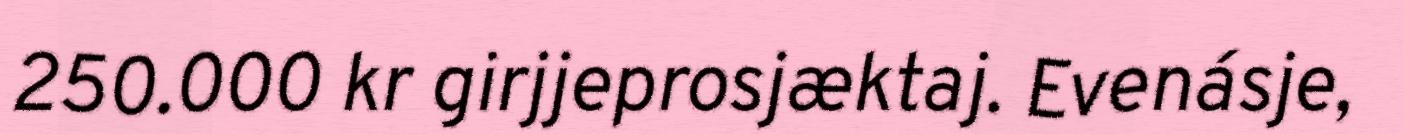
250.000 kr girjjeprosjæktaj. Evenásje,